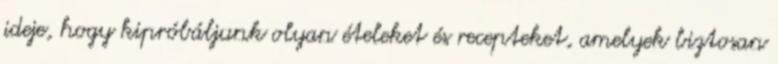
ideje, hogy kipróbáljunk olyan ételeket és recepteket, amelyek biztosan